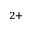
^ { 2 + }